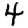
Digit: 4